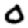
Digit: 0